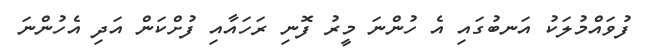
ފުވައްމުލަކު އަނބުގައި އެ ހުންނަ މީރު ފޮނި ރަހައާއި ފުށްކަން އަދި އެހުންނަ